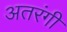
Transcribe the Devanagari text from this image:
अतरंगी